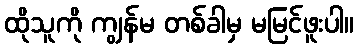
ထိုသူကို ကျွန်မ တစ်ခါမှ မမြင်ဖူးပါ။